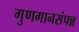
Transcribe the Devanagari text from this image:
गुणगानसंपन्न